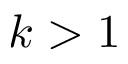
k > 1